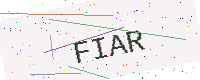
Text: FIAR